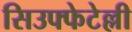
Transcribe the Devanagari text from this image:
सिउफ्फेटेल्ली